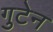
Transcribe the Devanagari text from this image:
गुटेन